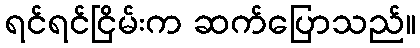
ရင်ရင်ငြိမ်းက ဆက်ပြောသည်။